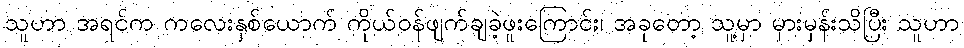
သူဟာ အရင်က ကလေးနှစ်ယောက် ကိုယ်ဝန်ဖျက်ချခဲ့ဖူးကြောင်း၊ အခုတော့ သူ့မှာ မှားမှန်းသိပြီး သူဟာ